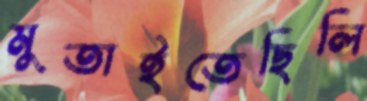
মুতাইতেছিলি